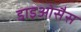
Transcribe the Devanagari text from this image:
डाइओसैस